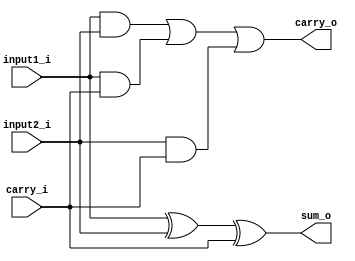
`timescale 1ns / 1ps
//////////////////////////////////////////////////////////////////////////////////
// Company: 
// Engineer: 
// 
// Design Name: 
// Module Name:    full_adder 
// Project Name: 
// Target Devices: 
// Tool versions: 
// Description: 
//
// Dependencies: 
//
// Revision: 
// Revision 0.01 - File Created
// Additional Comments: 
//
//////////////////////////////////////////////////////////////////////////////////
module full_adder(input1_i,input2_i,carry_i,sum_o,carry_o);
input input1_i, input2_i;
input carry_i;
output sum_o;
output carry_o;

assign sum_o = input1_i ^ input2_i ^ carry_i;
assign carry_o = (input1_i & input2_i) | (input1_i & carry_i) | (input2_i & carry_i);

endmodule